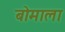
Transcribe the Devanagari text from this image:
बोमाला